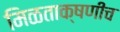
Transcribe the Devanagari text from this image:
मिळताक्षणीच